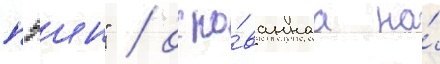
пэин" / осно́ваннаа на́